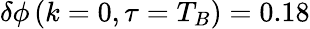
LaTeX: \delta\phi\left(k=0,\tau=T_{B}\right)=0.18